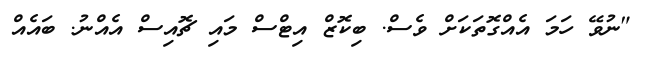
"ނުވޭ ހަމަ އެއްގޮތަކަށް ވެސް. ބިކޮޒް އިޓްސް މައި ޗޮއިސް އެއްނު. ބައެއް